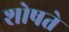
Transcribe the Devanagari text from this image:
शोषते